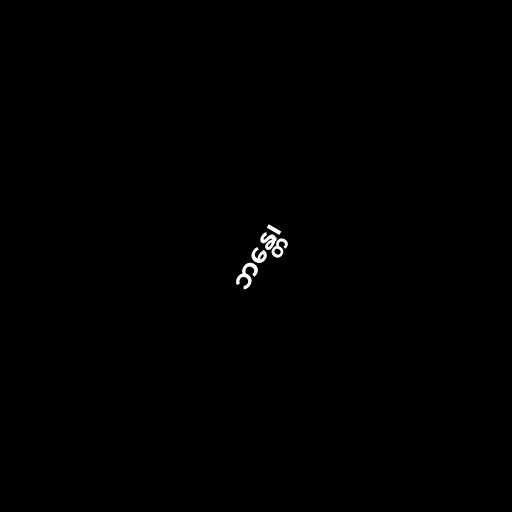
ဘန္တေ၊